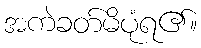
အကဲခတ်မိပုံရ၏။